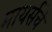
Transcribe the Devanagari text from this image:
मायर्सचे